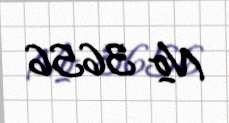
№ 3656